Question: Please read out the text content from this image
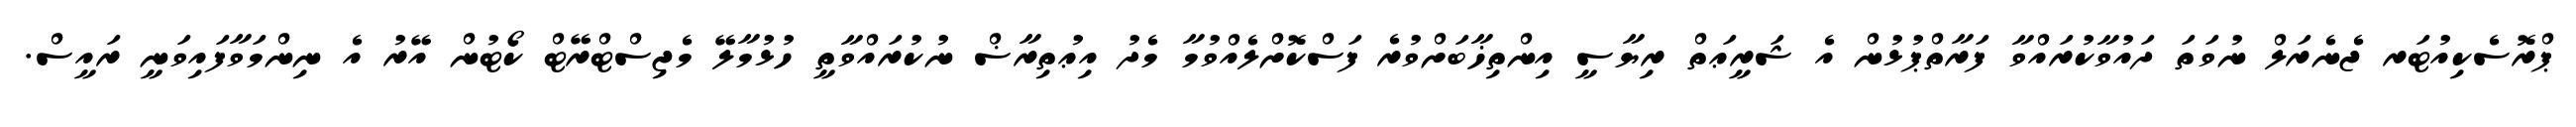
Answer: ޕްރޮސެކިއުޓަރ ޖެނެރަލް ނުވަތަ ދައުވާކުރައްވާ ފަރާތްޕުޅުން އެ ޝަރީޢަތް ރިޔާސީ އިންތިޚާބަށްވުރެ ފަސްކޮށްލެއްވުމާ މެދު އިޢުތިރާޟް ނުކުރައްވާތީ ހުޅުމާލޭ މެޖިސްޓްރޭޓް ކޯޓުން އޭރު އެ ނިންމަވާފައިވަނީ ރައީސް.